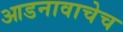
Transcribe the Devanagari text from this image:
आडनावाचेच